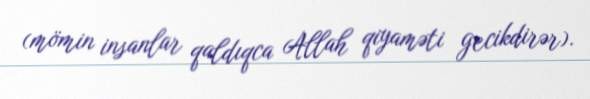
(mömin insanlar qaldıqca Allah qiyaməti gecikdirər).